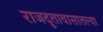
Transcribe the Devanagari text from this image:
राजदूतावासातल्या